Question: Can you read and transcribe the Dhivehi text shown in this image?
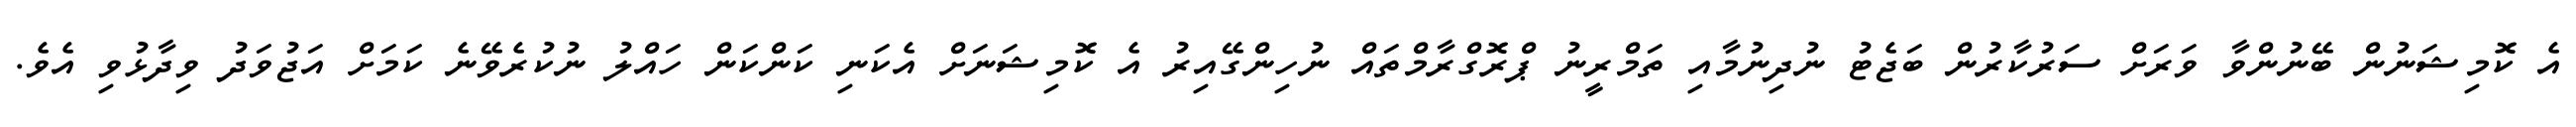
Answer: އެ ކޮމިޝަނުން ބޭނުންވާ ވަރަށް ސަރުކާރުން ބަޖެޓު ނުދިނުމާއި ތަމްރީނު ޕްރޮގްރާމްތައް ނުހިންގޭއިރު އެ ކޮމިޝަނަށް އެކަނި ކަންކަން ހައްލު ނުކުރެވޭނެ ކަމަށް އަޖުވަދު ވިދާޅުވި އެވެ.